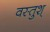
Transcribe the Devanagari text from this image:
वस्तुश्